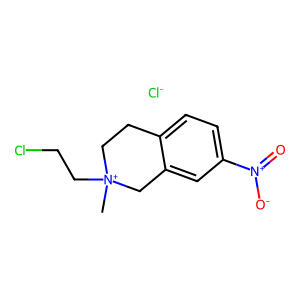
SMILES: C[N+]1(CCCl)CCc2ccc([N+](=O)[O-])cc2C1.[Cl-]
Inhibits HIV replication: No